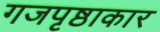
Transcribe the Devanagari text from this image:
गजपृष्ठाकार